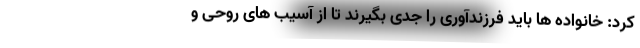
کرد: خانواده ها باید فرزندآوری را جدی بگیرند تا از آسیب های روحی و